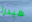
هيدرا